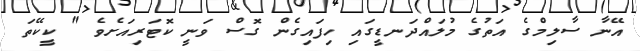
އޭނާ ސާލިމްގެ އަތުގެ މުލައްދަނޑީގައި ހިފައިގެން ގޮސް ވަނީ ކޮޓަރިއަށެވެ " ކީކޭތަ